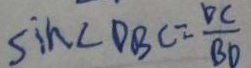
\sin \angle D B C = \frac { D C } { B D }